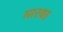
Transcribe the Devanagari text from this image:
मारथा